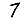
Digit: 7